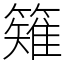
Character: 䉜